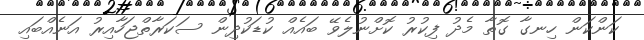
ކަންކަން ހިނގާ ގޮތާ މެދު ފިކުރު ކޮށްނުލެވޭ ބައެއް ކުޑަކުދިން ސަކަރާތްޖަހާއިރު އަނެއްބައި